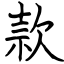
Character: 款